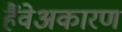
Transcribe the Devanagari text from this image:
हैंवेअकारण